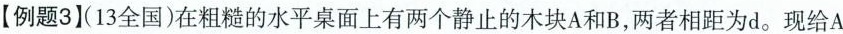
【例题313全国)在粗糙的水平桌面上有两个静止的木块A和B，两者相距为d。现给A